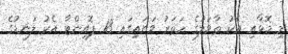
މި މޮޅާއި އެކު ތާވަލުގެ ހަތަރު ވަނައިގައި 13 ޕޮއިންޓާ އެކު ލަނޑުގެ